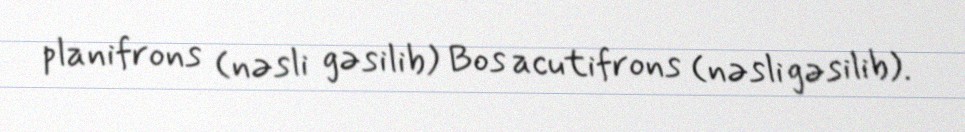
planifrons (nəsli gəsilib) Bos acutifrons (nəsli gəsilib).